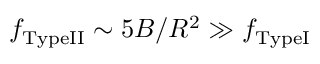
f _ { \mathrm { T y p e I I } } \sim 5 B / R ^ { 2 } \gg f _ { \mathrm { T y p e I } }